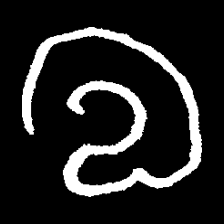
Pyu character \u2014 Myanmar letter: လ (romanized: la)